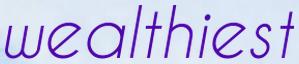
wealthiest